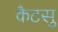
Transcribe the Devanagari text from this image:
कैटसु